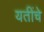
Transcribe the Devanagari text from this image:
यतींचे